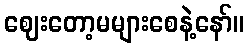
ဈေးတော့မများစေနဲ့နော်။